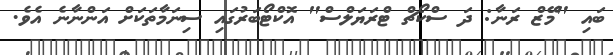
ބައި "މޭޒް ރަނާ: ދަ ސްކޯޗް ޓްރަޔަލްސް" އޮކްޓޯބަރުގައި ސިނަމާތަކަށް އަންނާނެ އެވެ.